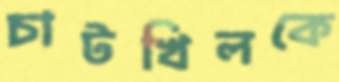
চাটখিলকে